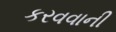
કરવવાની